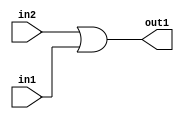
`timescale 1ps / 1ps
/*****************************************************************************
    Verilog RTL Description
    
    
    Created by: Stratus DpOpt 2019.1.01 
*******************************************************************************/

module fix2float_Or_1Ux1U_1U_4 (
	in2,
	in1,
	out1
	); /* architecture "behavioural" */ 
input  in2,
	in1;
output  out1;
wire  asc001;

assign asc001 = 
	(in2)
	|(in1);

assign out1 = asc001;
endmodule

/* CADENCE  urb5Qw8= : u9/ySgnWtBlWxVPRXgAZ4Og= ** DO NOT EDIT THIS LINE ******/